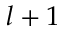
l + 1